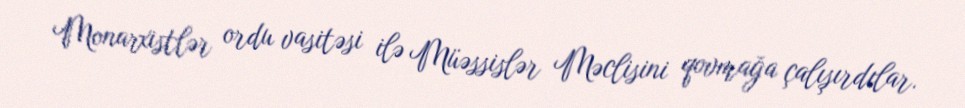
Monarxistlər ordu vasitəsi ilə Müəssislər Məclisini qovmağa çalışırdılar.